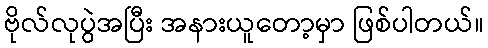
ဗိုလ်လုပွဲအပြီး အနားယူတော့မှာ ဖြစ်ပါတယ်။